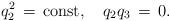
\begin{align*}q_2^2 \,=\,\mbox{const}, \quad q_2q_3\,=\,0.\end{align*}